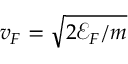
v _ { F } = \sqrt { 2 \mathscr { E } _ { F } / m }